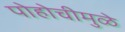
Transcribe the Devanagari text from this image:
पोहोचीमुळे